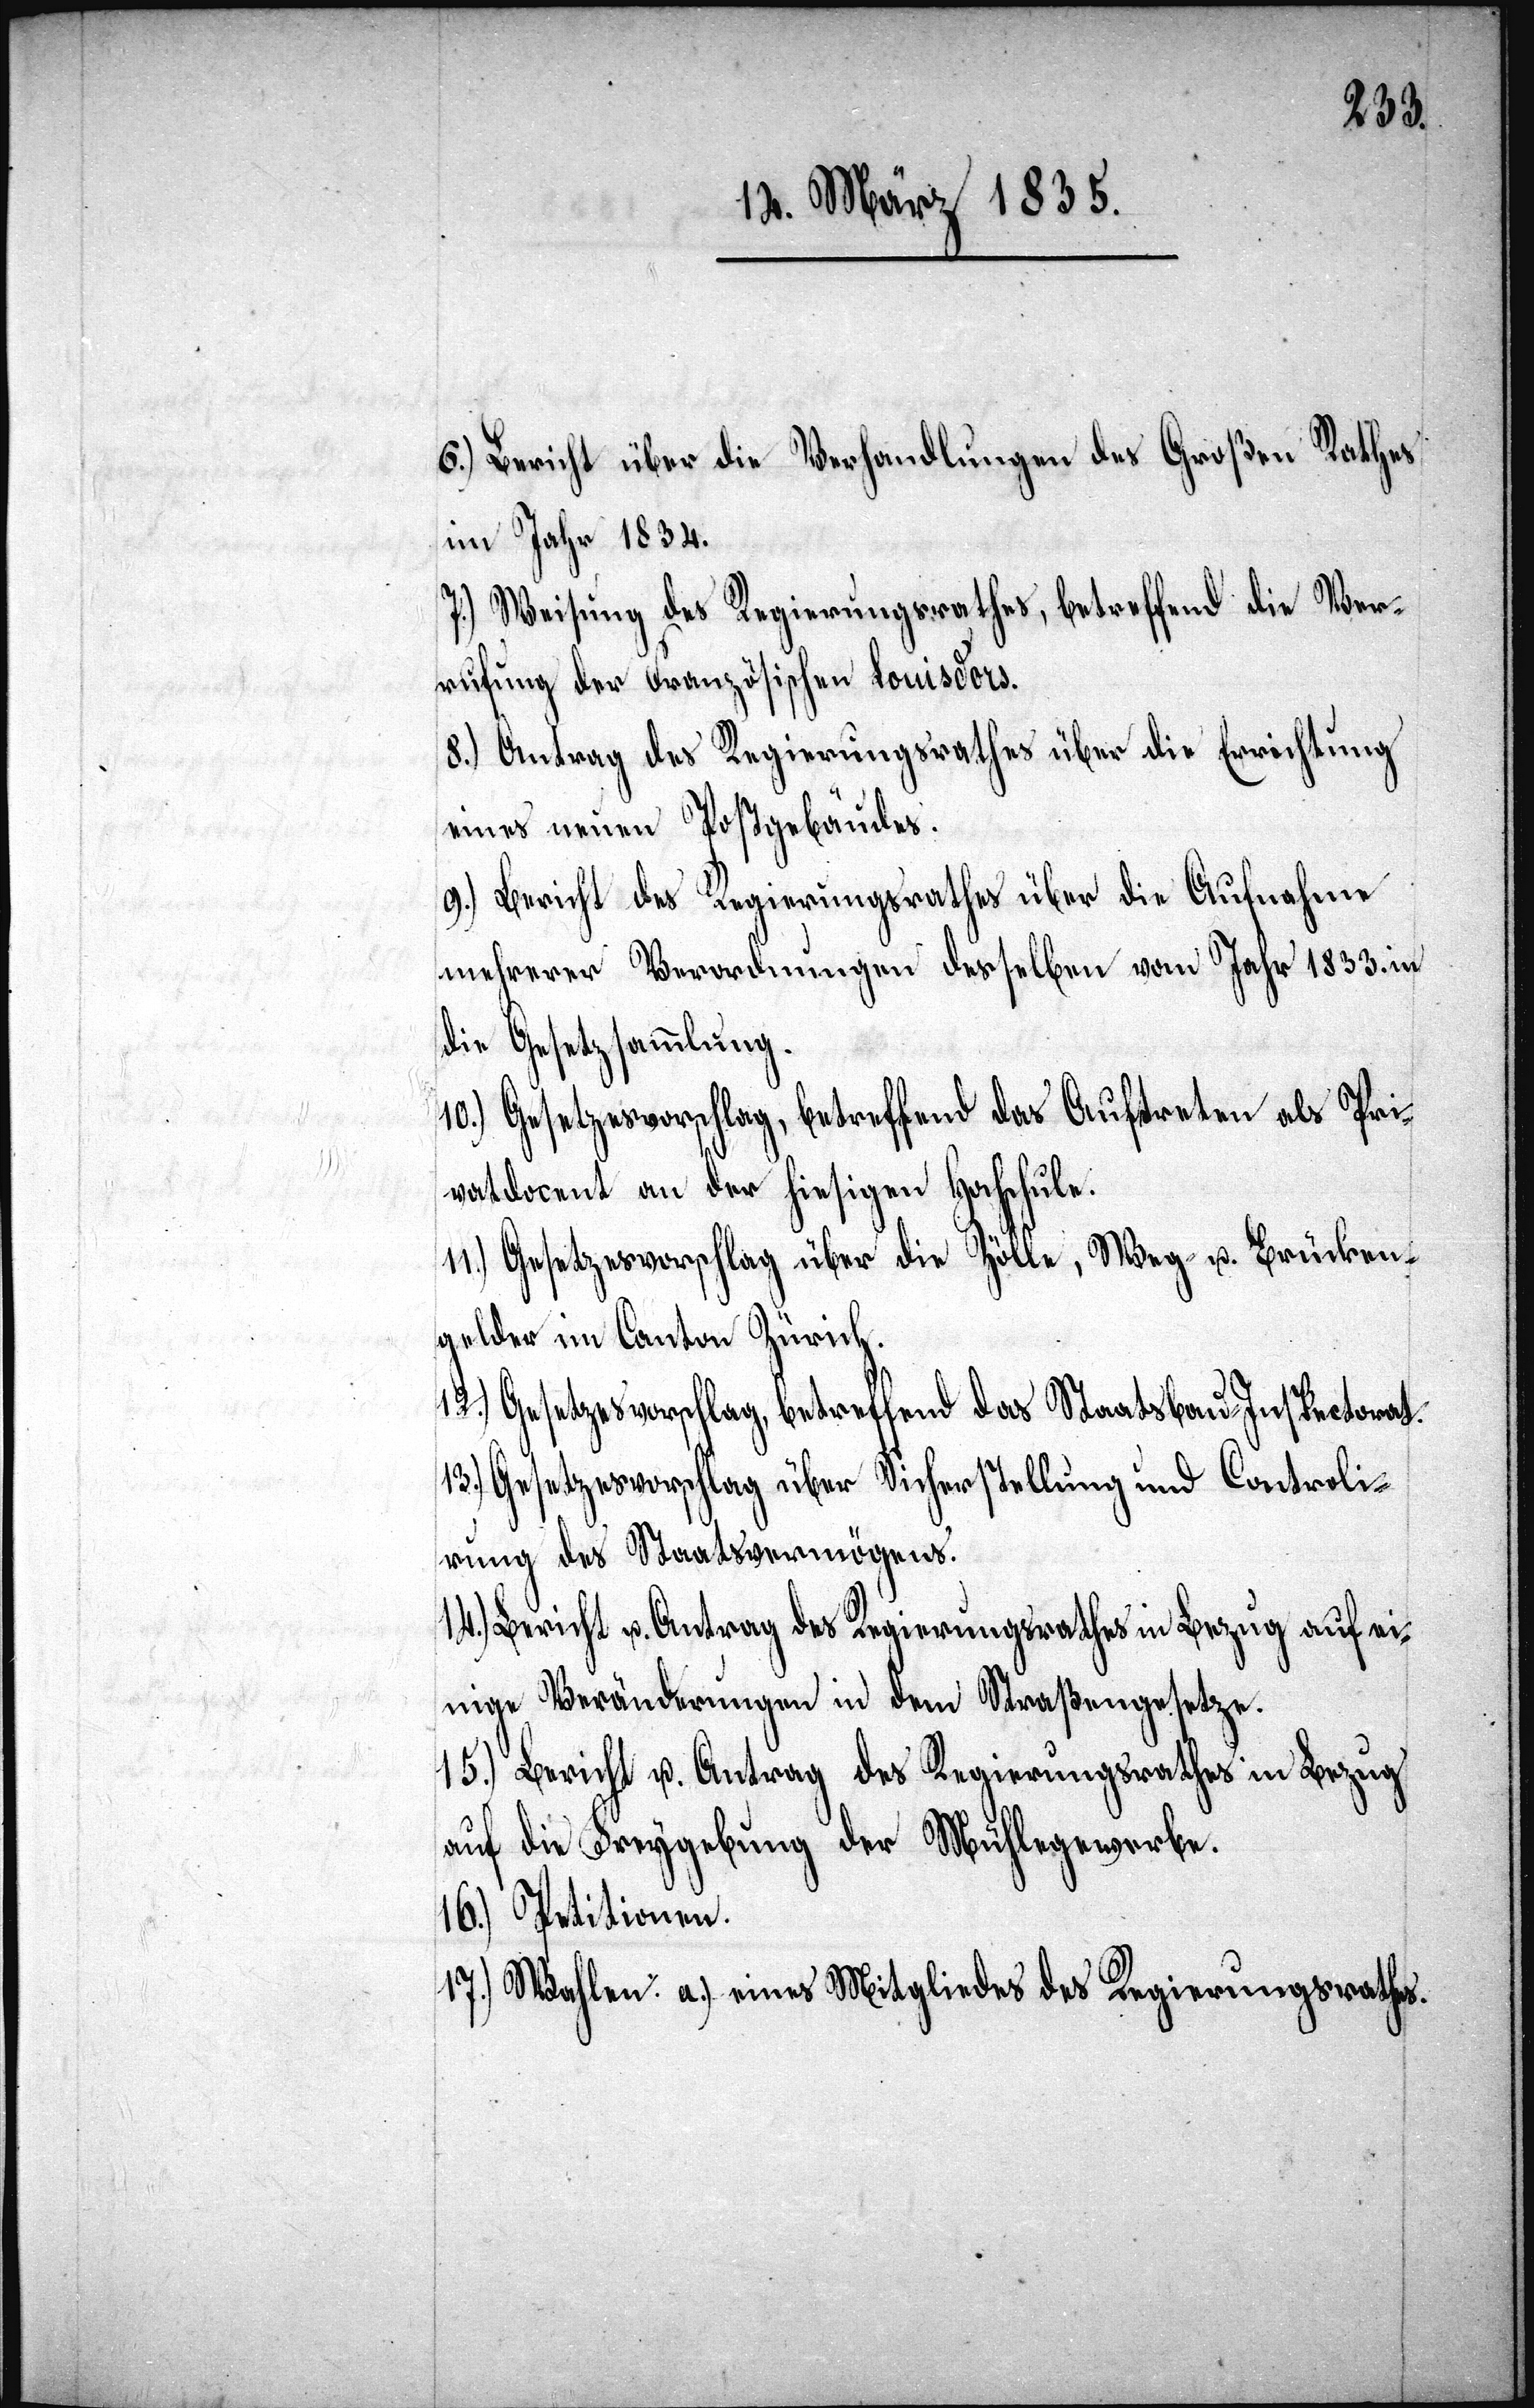
6.) Bericht über die Verhandlungen des Großen Rathes
im Jahr 1834.
7.) Weisung des Regierungsrathes, betreffend die Ver¬
rufung der Französischen Louisd’ors.
8.) Antrag des Regierungsrathes über die Errichtung
eines neuen Postgebäudes.
9.) Bericht des Regierungsrathes über die Aufnahme
mehrerer Verordnungen desselben vom Jahr 1833. in
die Gesetzsammlung.
10.) Gesetzesvorschlag, betreffend das Auftreten als Pri¬
vatdocent an der hiesigen Hochschule.
11.) Gesetzesvorschlag über die Zölle, Weg- u. Brücken¬
gelder im Canton Zürich.
12.) Gesetzesvorschlag, betreffend das Staatsbau-Inspectorat.
13.) Gesetzesvorschlag über Sicherstellung und Controli¬
rung des Staatsvermögens.
14.) Bericht u. Antrag des Regierungsrathes in Bezug auf ei¬
nige Veränderungen in dem Straßengesetze.
15.) Bericht u. Antrag des Regierungsrathes in Bezug
auf die Freygebung der Mühlegewerbe.
16.) Petitionen.
17.) Wahlen: a.) eines Mitgliedes des Regierungsrathes.